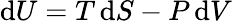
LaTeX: \mathrm{d}U=T\, \mathrm{d}S-P\, \mathrm{d}V